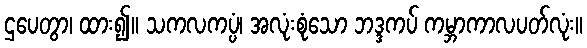
ဌပေတွာ၊ ထား၍။ သကလကပ္ပံ၊ အလုံးစုံသော ဘဒ္ဒကပ် ကမ္ဘာကာလပတ်လုံး။